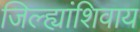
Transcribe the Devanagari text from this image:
जिल्ह्यांशिवाय